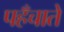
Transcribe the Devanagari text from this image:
पहँचाते